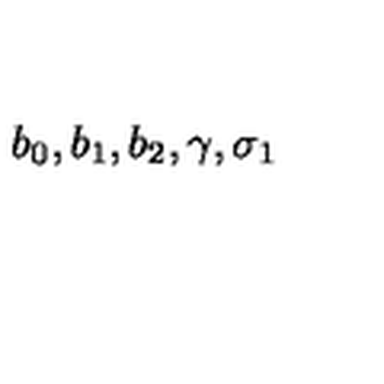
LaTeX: b _ { 0 } , b _ { 1 } , b _ { 2 } , \gamma , \sigma _ { 1 }